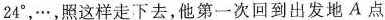
24^\circ，…，照这样走下去，他第一次回到出发地A点